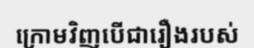
ក្រោមវិញបើជារឿងរបស់